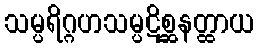
သမ္ပရိဂ္ဂဟသမ္ပဋိစ္ဆနတ္ထာယ